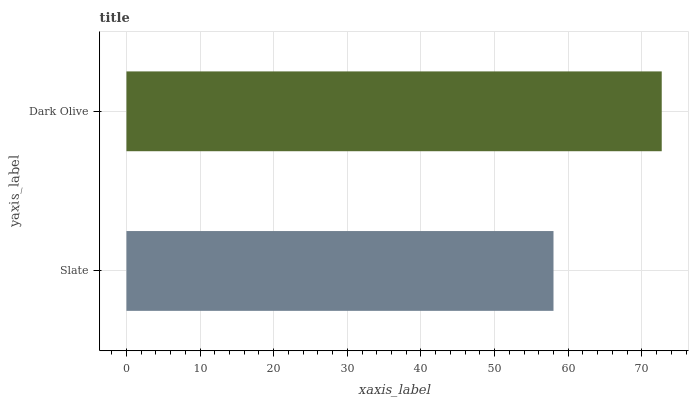
| yaxis_label | bars |
 | --- | --- |
 | Slate | 58 |
 | Dark Olive | 72.7 |